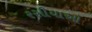
રસીયાઓ